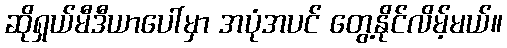
ဆိုရှယ်မီဒီယာပေါ်မှာ အပုံအပင် တွေ့နိုင်လိမ့်မယ်။